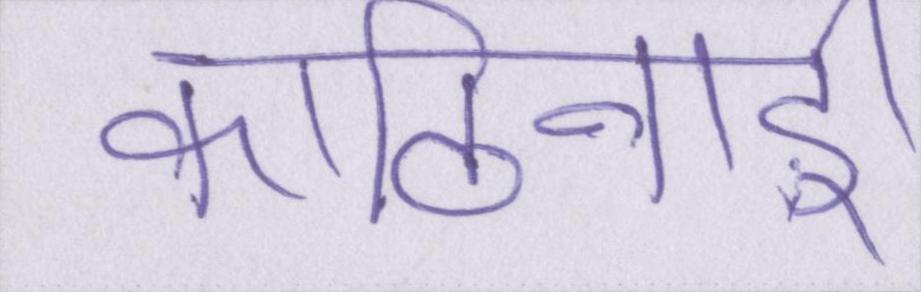
कठिनाई